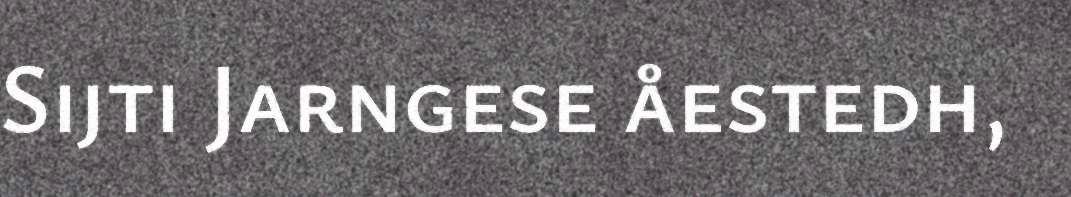
Sijti Jarngese åestedh,